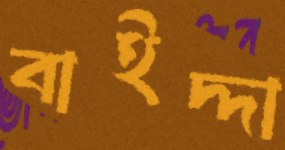
বাইদ্দা